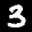
Label: 3